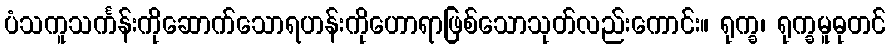
ပံသကူသင်္ကန်းကိုဆောက်သောရဟန်းကိုဟောရာဖြစ်သောသုတ်လည်းကောင်း။ ရုက္ခ၊ ရုက္ခမူဓုတင်